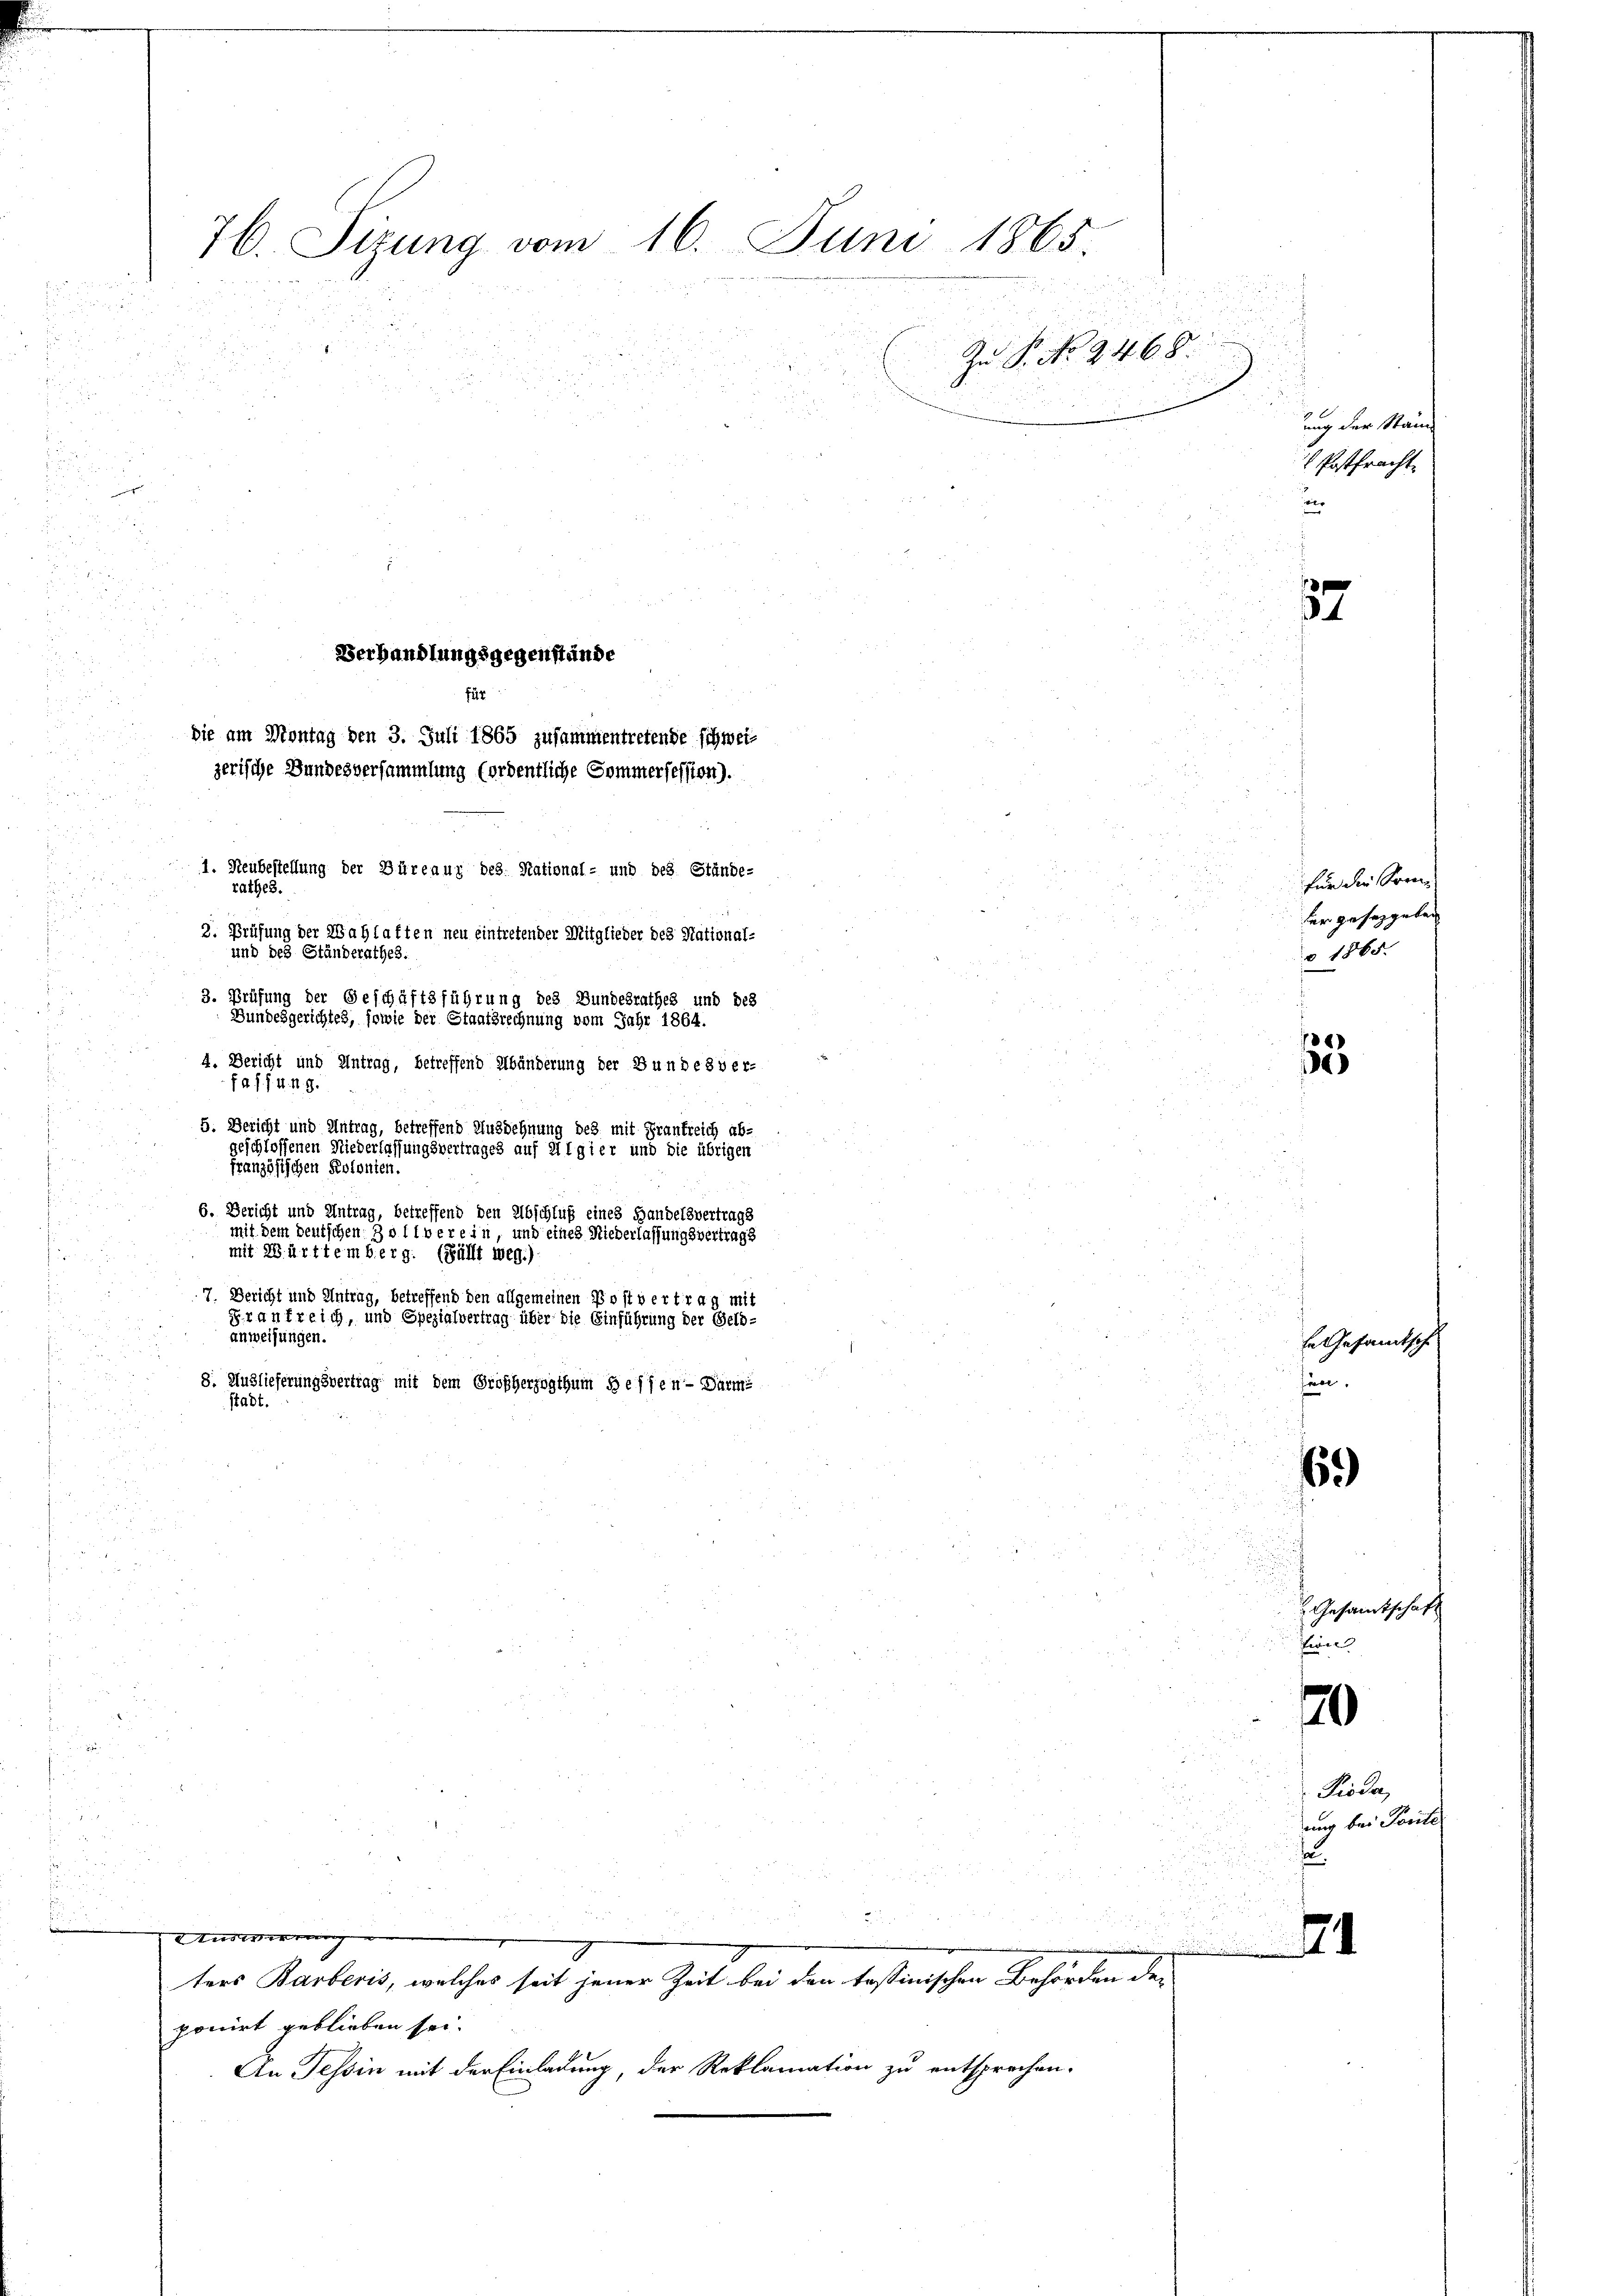
ters Barberis, welches seit jener Zeit bei den tessinischen Behörden der
ponirt geblieben sei.
An Tessin mit der Einladung, der Reklamation zu entsprechen.

76. Sizung vom 16. Juni 1865.

r
ig
Zu P. No. 2468
.

25.
2. Prüfung der Zahlaften neu eintretender Mitglieder des National-
und des Ständerathes.
3. Prüfung der Geschäftsführung des Bundesrathes und des
Bundesgerichtes, sowie der Staatsrechnung vom Jahr 1864.
A. Bericht und Antrag, betreffend Abänderung der Bundesver-
74 ff. 4. d. 9.
5. Bericht und Antrag, betreffend Ausdehnung des mit Frankreich ab-
geschlossenen Niederlassungsvertrages auf Algier und die übrigen
französischen Kolonien.
6. Bericht und Antrag, betreffend den Abschluß eines Handelsvertrags
mit dem deutschen Zoll verein, und eines Niederlassungsvertrags
mit Württemberg. (Füllt weg.)
7. Bericht und Antrag, betreffend den allgemeinen Post vertrag mit
Frankreich, und Spezialvertrag über die Einführung der Geld-
anweisungen.
8. Auslieferungsvertrag mit dem Großherzogthum deffen Darm
stadt.

Verhandlungsgegenstände
für
zerische Bundesversammlung (ordentliche Sommersession).
1. Heubestellung der Büreaus des National- und des Stände-
rathes.

die am Montag den 3. Juli 1865 zusammentretende schwei¬

.

.

tisierung
.

8

ung der Stand
 Postfracht.
ver

57

für die Som
der gesetzgeben
§ 1865.
188
1

di
Er Gesamtsch
finge

Gesamtschaft
twie
20

Pioda,

6)

ung bei Posite
2

74